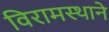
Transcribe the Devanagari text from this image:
विरामस्थाने